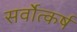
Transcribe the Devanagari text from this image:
सर्वोत्कर्ष